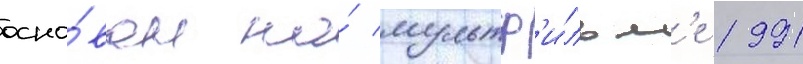
осно́ван на́ мультф'и́льм'е 1991